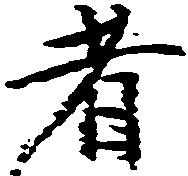
者